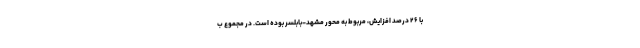
با ۲۶ درصد افزایش، مربوط به محور مشهد-بابلسر بوده است. در مجموع ب